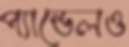
প্যান্ডেলও